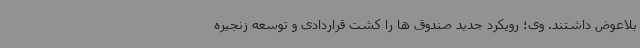
بلاعوض داشتند. وی؛ رویکرد جدید صندوق ها را کشت قراردادی و توسعه زنجیره